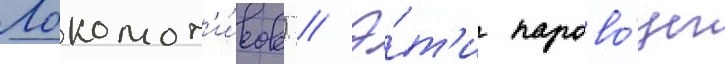
Локомот'и́вов) // Э́т'и парово́зы